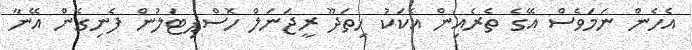
އެހެން ނަމަވެސް އޭގެ ތެރެއިން އެކަކު ހިތަދޫ ރީޖަނަލް ހޮސްޕިޓަލުން ފެނިގެން އޭނާ